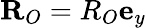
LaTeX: \mathbf{R}_{O}=R_{O}\mathbf{e}_{y}